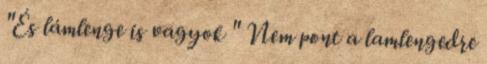
"És lámlenge is vagyok " Nem pont a lamlengedre